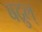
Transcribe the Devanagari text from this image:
बद्रुल्